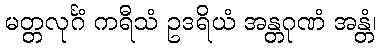
မတ္တလုင်္ဂံ ကရီသံ ဥဒရိယံ အန္တဂုဏံ အန္တံ၊